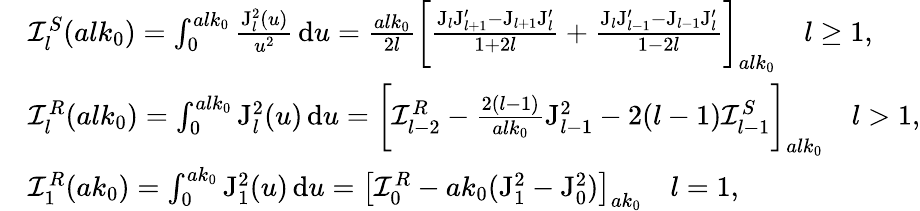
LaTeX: \begin{array}{rl}&{\mathcal{I}_{l}^{S}(alk_{0})=\int_{0}^{alk_{0}}\frac{\mathrm{J}_{l}^{2}(u)}{u^{2}}\, \mathrm{d}u=\frac{alk_{0}}{2l}\bigg[\frac{\mathrm{J}_{l}\mathrm{J}_{l+1}^{\prime}-\mathrm{J}_{l+1}\mathrm{J}_{l}^{\prime}}{1+2l}+\frac{\mathrm{J}_{l}\mathrm{J}_{l-1}^{\prime}-\mathrm{J}_{l-1}\mathrm{J}_{l}^{\prime}}{1-2l}\bigg]_{alk_{0}}\quad l\geq 1,}\\ &{\mathcal{I}_{l}^{R}(alk_{0})=\int_{0}^{alk_{0}}\mathrm{J}_{l}^{2}(u)\, \mathrm{d}u=\bigg[\mathcal{I}_{l-2}^{R}-\frac{2(l-1)}{alk_{0}}\mathrm{J}_{l-1}^{2}-2(l-1)\mathcal{I}_{l-1}^{S}\bigg]_{alk_{0}}\quad l>1,}\\ &{\mathcal{I}_{1}^{R}(ak_{0})=\int_{0}^{ak_{0}}\mathrm{J}_{1}^{2}(u)\, \mathrm{d}u=\big[\mathcal{I}_{0}^{R}-ak_{0}(\mathrm{J}_{1}^{2}-\mathrm{J}_{0}^{2})\big]_{ak_{0}}\quad l=1,}\end{array}